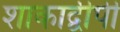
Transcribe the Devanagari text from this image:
शाकाद्वीपी